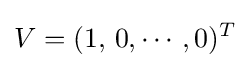
V=(1,\,0,\cdots ,0)^{T}